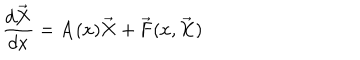
LaTeX: \frac { d \overrightarrow { { \bf X } } } { d x } = { \bf A } ( x ) \overrightarrow { { \bf X } } + \overrightarrow { { \bf F } } ( x , \overrightarrow { { \bf X } } )